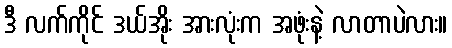
ဒီ လက်ကိုင် ဒယ်အိုး အားလုံးက အဖုံးနဲ့ လာတာပဲလား။